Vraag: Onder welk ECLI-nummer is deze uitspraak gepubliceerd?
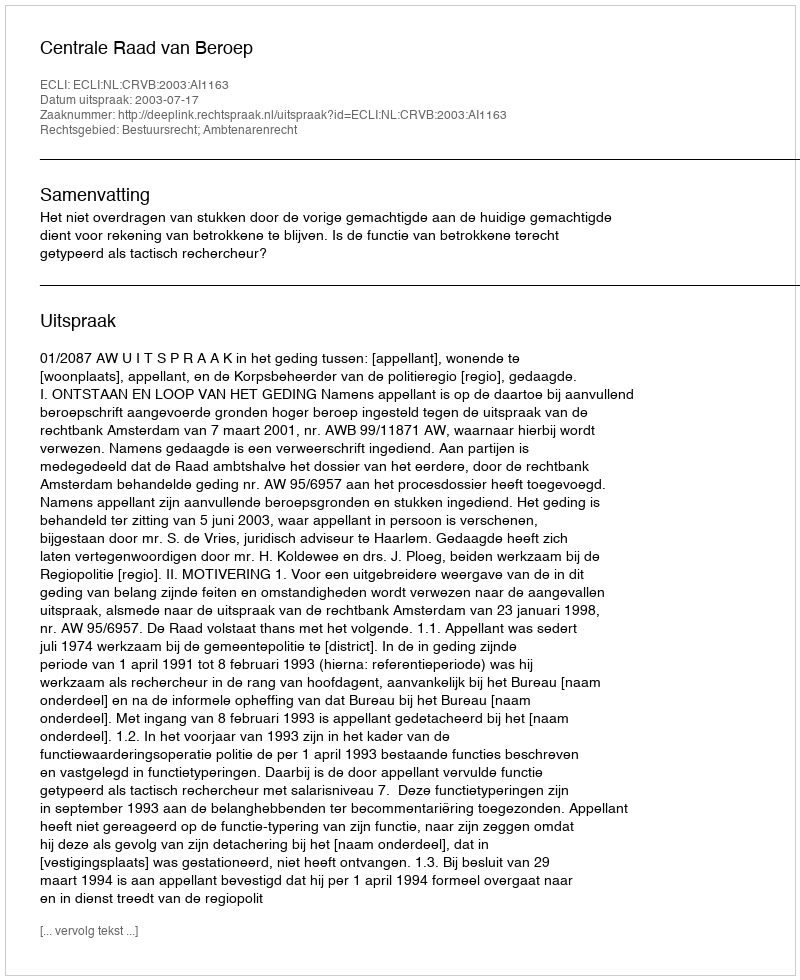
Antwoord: ECLI:NL:CRVB:2003:AI1163